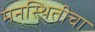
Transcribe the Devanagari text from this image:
मनस्थितीचा